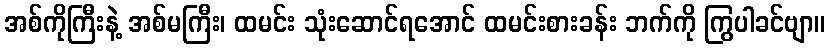
အစ်ကိုကြီးနဲ့ အစ်မကြီး၊ ထမင်း သုံးဆောင်ရအောင် ထမင်းစားခန်း ဘက်ကို ကြွပါခင်ဗျာ။